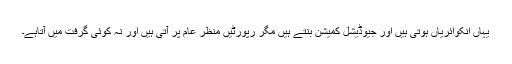
یہاں انکوائریاں ہوتی ہیں اور جیوڈیشل کمیشن بنتے ہیں مگر رپورٹیں منظر عام پر آتی ہیں اور نہ کوئی گرفت میں آتاہے۔